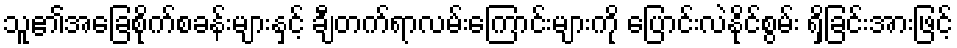
သူ၏အခြေစိုက်စခန်းများနှင့် ချီတက်ရာလမ်းကြောင်းများကို ပြောင်းလဲနိုင်စွမ်း ရှိခြင်းအားဖြင့်